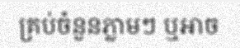
គ្រប់ចំនួនភ្លាមៗ ឬអាច